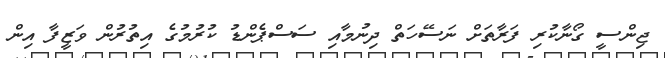
ޖިންސީ ގޯނާކުރި ފަރާތަށް ނަސޭހަތް ދިނުމާއި ސަސްޕެންޑު ކުރުމުގެ އިތުރުން ވަޒީފާ އިން